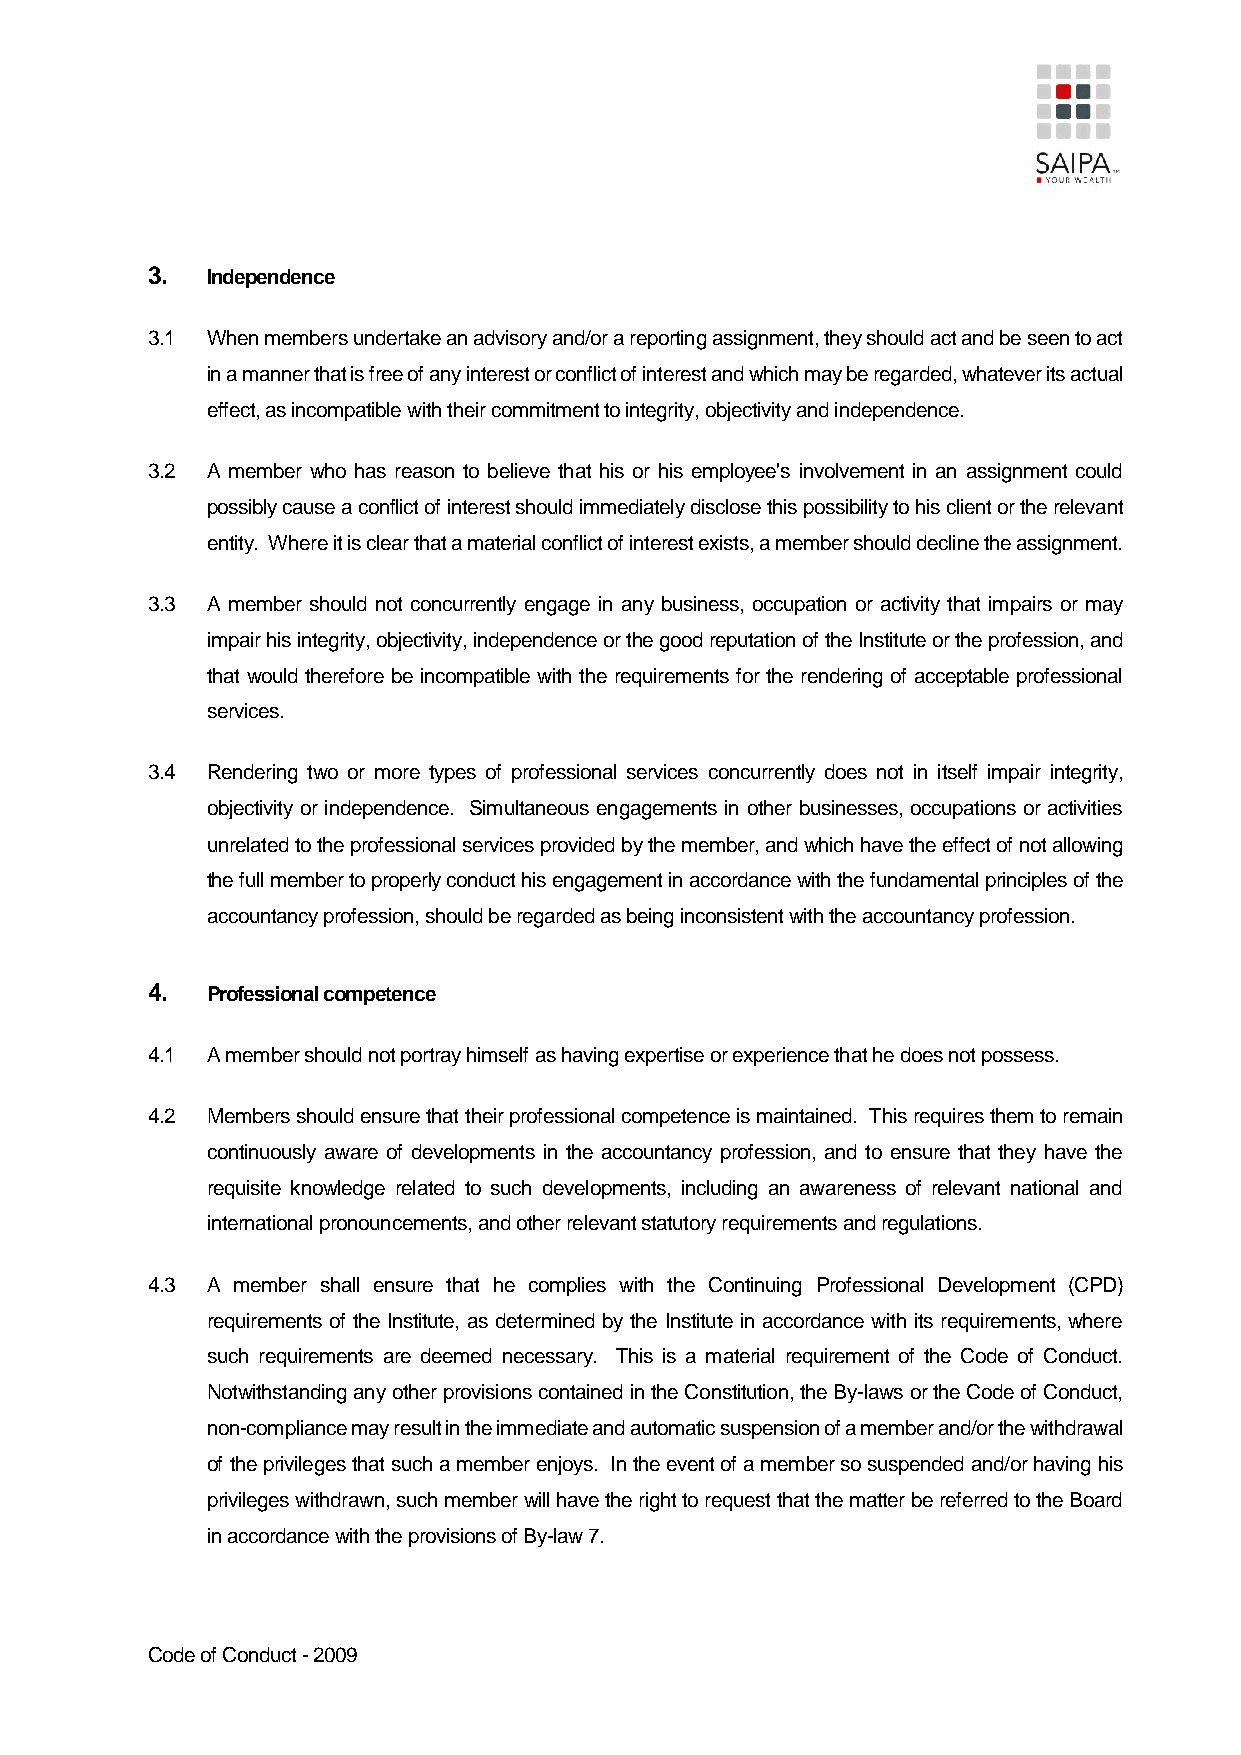
3.  Independence
 3.1 When members undertake an advisory and/or a reporting assignment, they should act and be seen to act
 in a manner that is free of any interest or conflict of interest and which may be regarded, whatever its actual
 effect, as incompatible with their commitment to integrity, objectivity and independence.
 3.2 A member who has reason to believe that his or his employee's involvement in an assignment could
 possibly cause a conflict of interest should immediately disclose this possibility to his client or the relevant
 entity. Where it is clear that a material conflict of interest exists, a member should decline the assignment.
 3.3 A member should not concurrently engage in any business, occupation or activity that impairs or may
 impair his integrity, objectivity, independence or the good reputation of the Institute or the profession, and
 that would therefore be incompatible with the requirements for the rendering of acceptable professional
 services.
 3.4 Rendering two or more types of professional services concurrently does not in itself impair integrity,
 objectivity or independence. Simultaneous engagements in other businesses, occupations or activities
 unrelated to the professional services provided by the member, and which have the effect of not allowing
 the full member to properly conduct his engagement in accordance with the fundamental principles of the
 accountancy profession, should be regarded as being inconsistent with the accountancy profession.
 4.  Professional competence
 4.1 A member should not portray himself as having expertise or experience that he does not possess.
 4.2 Members should ensure that their professional competence is maintained. This requires them to remain
 continuously aware of developments in the accountancy profession, and to ensure that they have the
 requisite knowledge related to such developments, including an awareness of relevant national and
 international pronouncements, and other relevant statutory requirements and regulations.
 4.3 A member shall ensure that he complies with the Continuing Professional Development (CPD)
 requirements of the Institute, as determined by the Institute in accordance with its requirements, where
 such requirements are deemed necessary. This is a material requirement of the Code of Conduct.
 Notwithstanding any other provisions contained in the Constitution, the By-laws or the Code of Conduct,
 non-compliance may result in the immediate and automatic suspension of a member and/or the withdrawal
 of the privileges that such a member enjoys. In the event of a member so suspended and/or having his
 privileges withdrawn, such member will have the right to request that the matter be referred to the Board
 in accordance with the provisions of By-law 7.
 Code of Conduct - 2009